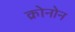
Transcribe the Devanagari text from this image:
क्रोनोन